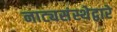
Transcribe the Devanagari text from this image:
नाट्यसंस्थेद्वारे